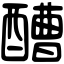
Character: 醩